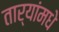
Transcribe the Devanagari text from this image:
तार्‍यांमधे